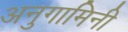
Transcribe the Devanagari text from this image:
अनुगामिनी